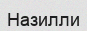
Назилли